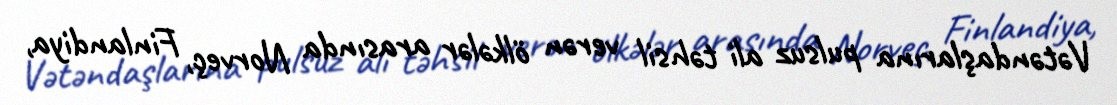
Vətəndaşlarına pulsuz ali təhsil verən ölkələr arasında Norveç, Finlandiya,